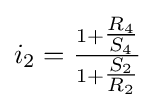
i_{2}={\tfrac {1+{\tfrac {R_{4}}{S_{4}}}}{1+{\tfrac {S_{2}}{R_{2}}}}}